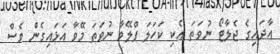
އާދައިގެ ޖެލާޓޯ ނުވަތަ އެކި ކަހަލަ ފްލޭވާ ނުވަތަ މޭވާ އަޅައިގެން ވެސް